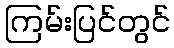
ကြမ်းပြင်တွင်